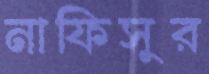
নাফিসুর